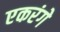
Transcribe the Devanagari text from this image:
एकरंगे